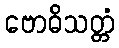
ဗောဓိသတ္တံ